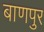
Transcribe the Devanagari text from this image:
बाणपुर